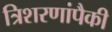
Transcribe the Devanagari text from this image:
त्रिशरणांपैकी